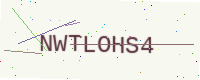
Text: NWTLOHS4